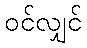
ဝင်လျှင်